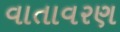
વાતાવરણ